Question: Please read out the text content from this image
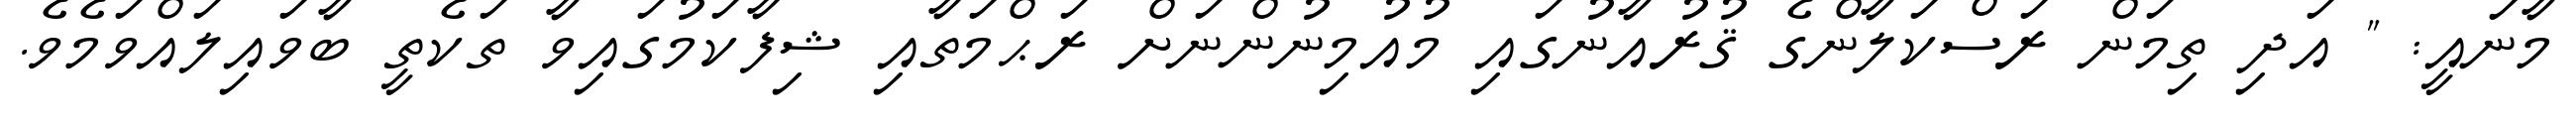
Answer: މާނައީ: " އަދި ތިމަން ރަސްކަލާންގެ ޤުރުއާނުގައި މުއުމިނުންނަށް ރަޙްމަތާއި ޝިފާކަމުގައިވާ ތަކެތީ ބާވައިލައްވަމެވެ.